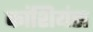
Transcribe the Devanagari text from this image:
कांशियंस